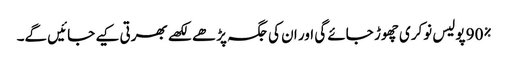
90% پولیس نوکری چھوڑ جائے گی اور ان کی جگہ پڑھے لکھے بھرتی کیے جائیں گے۔